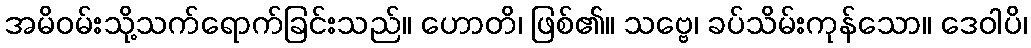
အမိဝမ်းသို့သက်ရောက်ခြင်းသည်။ ဟောတိ၊ ဖြစ်၏။ သဗ္ဗေ၊ ခပ်သိမ်းကုန်သော။ ဒေဝါပိ၊